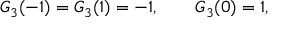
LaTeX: { \cal G } _ { 3 } ( - 1 ) = { \cal G } _ { 3 } ( 1 ) = - 1 , \qquad { \cal G } _ { 3 } ( 0 ) = 1 ,